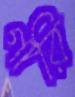
গারি